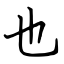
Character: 也